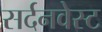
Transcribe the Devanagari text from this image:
सर्दनवेस्ट